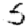
Digit: 5